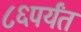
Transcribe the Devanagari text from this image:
८६पर्यंत